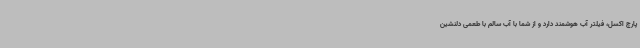
پارچ‌ اکسل، فیلتر آب هوشمند دارد و از شما با آب سالم با طعمی دلنشین